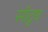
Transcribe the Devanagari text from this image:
सॉटूथ